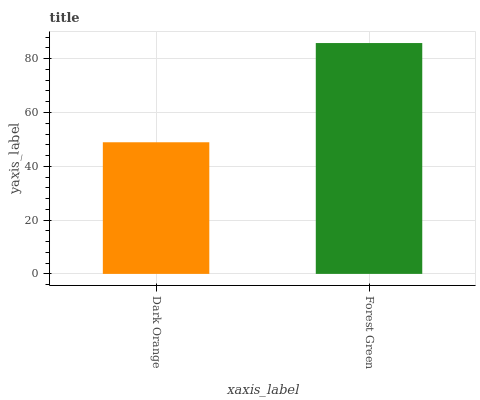
| xaxis_label | bars |
 | --- | --- |
 | Dark Orange | 48.9 |
 | Forest Green | 85.8 |